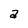
Character: a